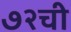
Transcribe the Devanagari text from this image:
७२ची